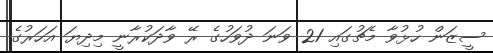
ސީޒަން ހުޅުވާ މެޗުގައި 21 ވަނަ ދުވަހުގެ ރޭ ވާދަކުރާނީ މިދިޔަ އަހަރުގެ